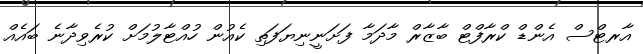
އާރޓްސް އެންޑް ކްރާފްޓް ބާޒާރް މާދަމާ ފަށަނީނިޔަފަތި ކެއުން ހުއްޓާލުމަށް ކުރެވިދާނެ ބައެއް